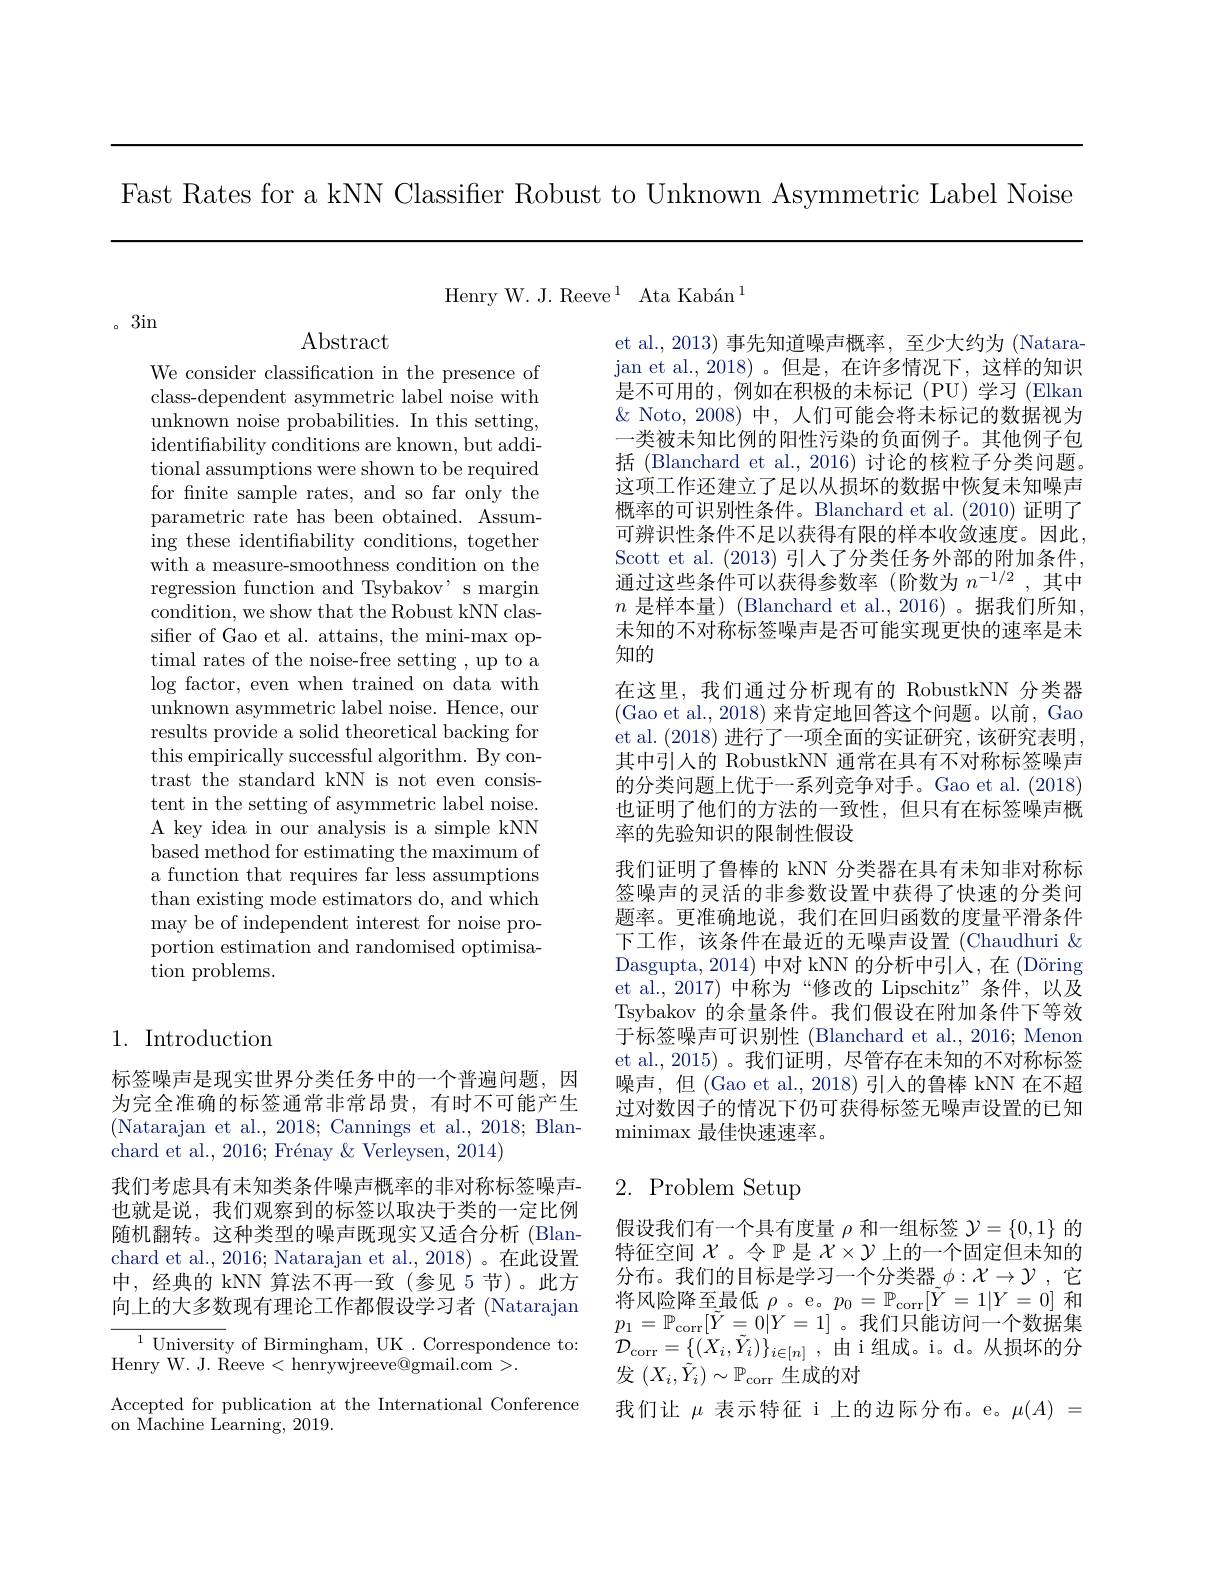
Fast Rates for a kNN Classifier Robust to Unknown Asymmetric Label Noise

Henry W. J. Reeve$^1$ Ata Kabán$^1$

。3in

Abstract

We consider classification in the presence of class-dependent asymmetric label noise with unknown noise probabilities. In this setting, identifability conditions are known, but additional assumptions were shown to be required for fnite sample rates, and so far only the parametric rate has been obtained. Assuming these identifability conditions, together with a measure-smoothness condition on the regression function and Tsybakov' s margin condition, we show that the Robust kNN classifier of Gao et al. attains, the mini-max optimal rates of the noise-free setting , up to a $\log$ factor, even when trained on data with unknown asymmetric label noise. Hence, our results provide a solid theoretical backing for this empirically successful algorithm. By contrast the standard kNN is not even consistent in the setting of asymmetric label noise. A key idea in our analysis is a simple kNN based method for estimating the maximum of a function that requires far less assumptions than existing mode estimators do, and which may be of independent interest for noise proportion estimation and randomised optimisation problems.

## 1. Introduction

标签噪声是现实世界分类任务中的一个普遍问题，因为完全准确的标签通常非常昂贵，有时不可能产生(Natarajan et al., 2018; Cannings et al., 2018; Blanchard et al., 2016; Frénay & Verleysen, 2014)
我们考虑具有未知类条件噪声概率的非对称标签噪声也就是说，我们观察到的标签以取决于类的一定比例随机翻转。这种类型的噪声既现实又适合分析 (Blanchard et al., 2016; Natarajan et al., 2018) 。在此设置中，经典的 kNN 算法不再一致(参见 5 节)。此方向上的大多数现有理论工作都假设学习者 (Natarajan

$^{1}$University of Birmingham, UK. Correspondence to:
Henry W. J. Reeve < henrywjreeve@ gmail. com> .
Accepted for publication at the International Conference
on Machine Learning, 2019.

et al.,2013)事先知道噪声概率，至少大约为(Natara- $\begin{array}{c}\text{jan et al.,2018)。但是，在许多情况下，这样的知识}\\\end{array}$ 是不可用的，例如在积极的未标记(PU)学习(Elkan $\&$ Noto,2008)中，人们可能会将未标记的数据视为一类被未知比例的阳性污染的负面例子。其他例子包括 (Blanchard et al., 2016) 讨论的核粒子分类问题。这项工作还建立了足以从损坏的数据中恢复未知噪声概率的可识别性条件。Blanchard et al.(2010) 证明了可辨识性条件不足以获得有限的样本收敛速度。因此， Scott et al. (2013)引人了分类任务外部的附加条件， 通过这些条件可以获得参数率(阶数为$n^{-1/2}$,其中$n$是样本量) (Blanchard et al.,2016) 。据我们所知 , 末知的不对称标签噪声是否可能实现更快的速率是未知的
在这里，我们通过分析现有的 RobustkNN 分类器(Gao et al., 2018) 来肯定地回答这个问题。以前，Gao et al. (2018) 进行了一项全面的实证研究，该研究表明， 其中引人的 RobustkNN 通常在具有不对称标签噪声的分类问题上优于一系列竞争对手。Gao et al.(2018) 也证明了他们的方法的一致性，但只有在标签噪声概率的先验知识的限制性假设
我们证明了鲁棒的 kNN 分类器在具有未知非对称标签噪声的灵活的非参数设置中获得了快速的分类问题率。更准确地说，我们在回归函数的度量平滑条件下工作，该条件在最近的无噪声设置 (Chaudhuri & Dasgupta, 2014) 中对 kNN 的分析中引人，在 (Döring et al.,2017) 中称为“修改的 Lipschitz”条件，以及Tsybakov 的余量条件。我们假设在附加条件下等效于标签噪声可识别性 (Blanchard et al., 2016; Menon et al., 2015)。我们证明，尽管存在未知的不对称标签噪声，但(Gao et al., 2018) 引入的鲁棒 kNN 在不超过对数因子的情况下仍可获得标签无噪声设置的已知$\operatorname*{minimax}$最佳快速速率。

# 2. Problem Setup

假设我们有一个具有度量$\rho$和一组标签$\mathcal{Y}=\{0,1\}$的特征空间$\mathcal{X}$ 。令$\mathbb{P}$是$\mathcal{X}\times\mathcal{Y}$上的一个固定但未知的分布。我们的目标是学习一个分类器$\phi:\mathcal{X}\to\mathcal{Y}$ ,它将风险降至最低$\rho$ 。e。$p_0=\mathbb{P}_{\mathrm{corr}}[\tilde{Y}=1|Y=0]$和$p_{1}=\mathbb{P}_{\mathrm{corr}}[\tilde{Y}=0|Y=1]$。我们只能访问一个数据集$\mathcal{D} _{\mathrm{corr}}= \{ ( X_{i}, \tilde{Y} _{i}) \} _{i\in [ n] }$ , 由 i组成。i。d。从损坏的分发$(X_{i},\tilde{Y}_{i})\sim\mathbb{P}_{\mathrm{corr}}$生成的对
我们让$\mu$表示特征 i 上的边际分布。e。$\mu(A)=$